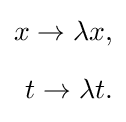
{\begin{aligned}x\rightarrow \lambda x,\\[6pt]t\rightarrow \lambda t.\end{aligned}}